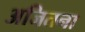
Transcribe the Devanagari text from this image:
अजितना